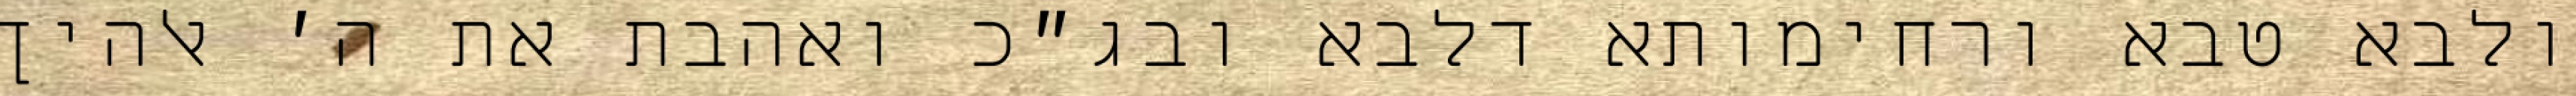
ולבא טבא ורחימותא דלבא ובג״כ ואהבת את ה׳ אלהיך